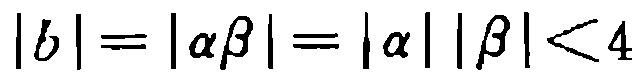
\(|b| = |\alpha\beta| = |\alpha| |\beta| < 4\)